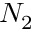
N _ { 2 }